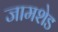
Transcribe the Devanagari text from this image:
जामशेड